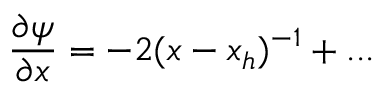
\frac { \partial \psi } { \partial x } = - 2 ( x - x _ { h } ) ^ { - 1 } + . . .